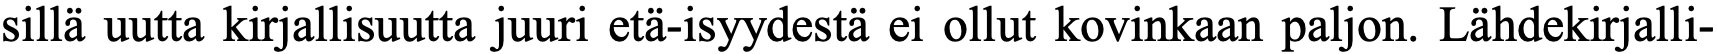
sillä uutta kirjallisuutta juuri etä-isyydestä ei ollut kovinkaan paljon. Lähdekirjalli-